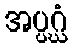
အပ္ပဂ္ဃံ